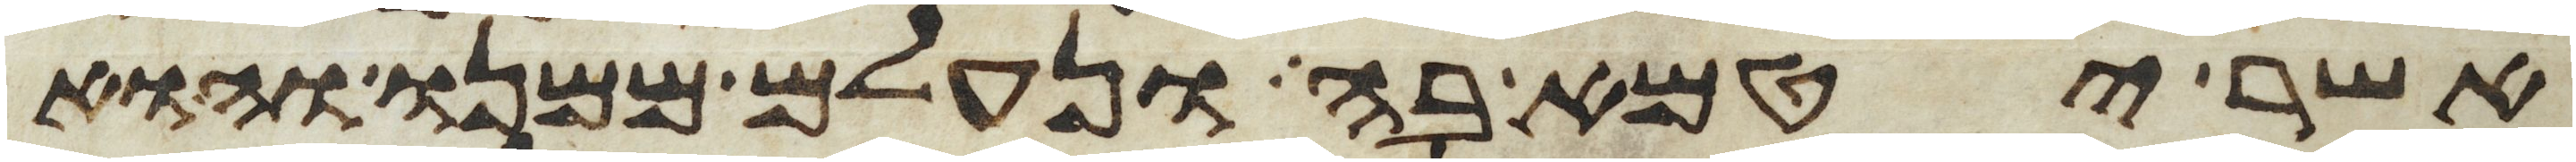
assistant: אשר יטמא בה ונעלם ממנו והוא